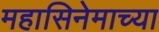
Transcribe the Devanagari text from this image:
महासिनेमाच्या